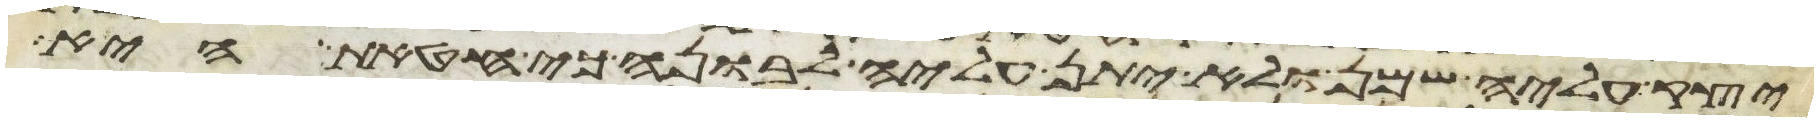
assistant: יצק עליה שמן ולא יתן עליה לבונה כי חטאת היא